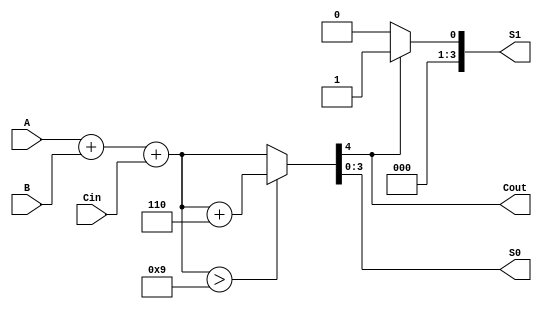
module BCD_Redundant_Binary_Adder (
    input [3:0] A,    // BCD input A
    input [3:0] B,    // BCD input B
    input Cin,        // Carry-in
    output [3:0] S0,  // Lower digit (BCD output)
    output [3:0] S1,  // Higher digit (BCD output)
    output Cout       // Carry-out
);

    wire [4:0] sum;    // Sum of A, B, and Cin
    wire [4:0] corrected_sum; // Corrected sum (after BCD correction)
    wire correction_needed;    // Flag for BCD correction

    // Binary Addition
    assign sum = A + B + Cin;

    // BCD Correction Logic
    // Correction is needed if the sum exceeds 9 (1001 in binary)
    assign correction_needed = sum > 9;

    // Correct the sum by adding 6 (0110) if needed
    assign corrected_sum = correction_needed ? sum + 5'd6 : sum;

    // Assign outputs
    assign S0 = corrected_sum[3:0]; // Lower 4 bits
    assign S1 = corrected_sum[4] ? 4'b0001 : 4'b0000; // If MSB is 1, output 1 in S1
    assign Cout = corrected_sum[4]; // Carry-out if MSB of corrected sum is 1

endmodule